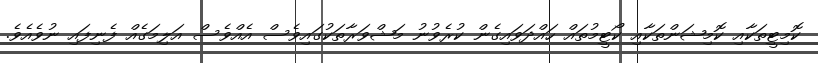
ކޮމިޓީތަކާއި ކޮމިޝަންތަކާއި ކޯޓީމުތައް ހައްދަވައިގެން ކުރެވުނު މަޝްވަރާތަކުގައިވެސް އެއްވެސް އަލިމަގެއް ފެނިފައި ނުވެއެވެ.